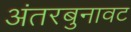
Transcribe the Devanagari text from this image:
अंतरबुनावट